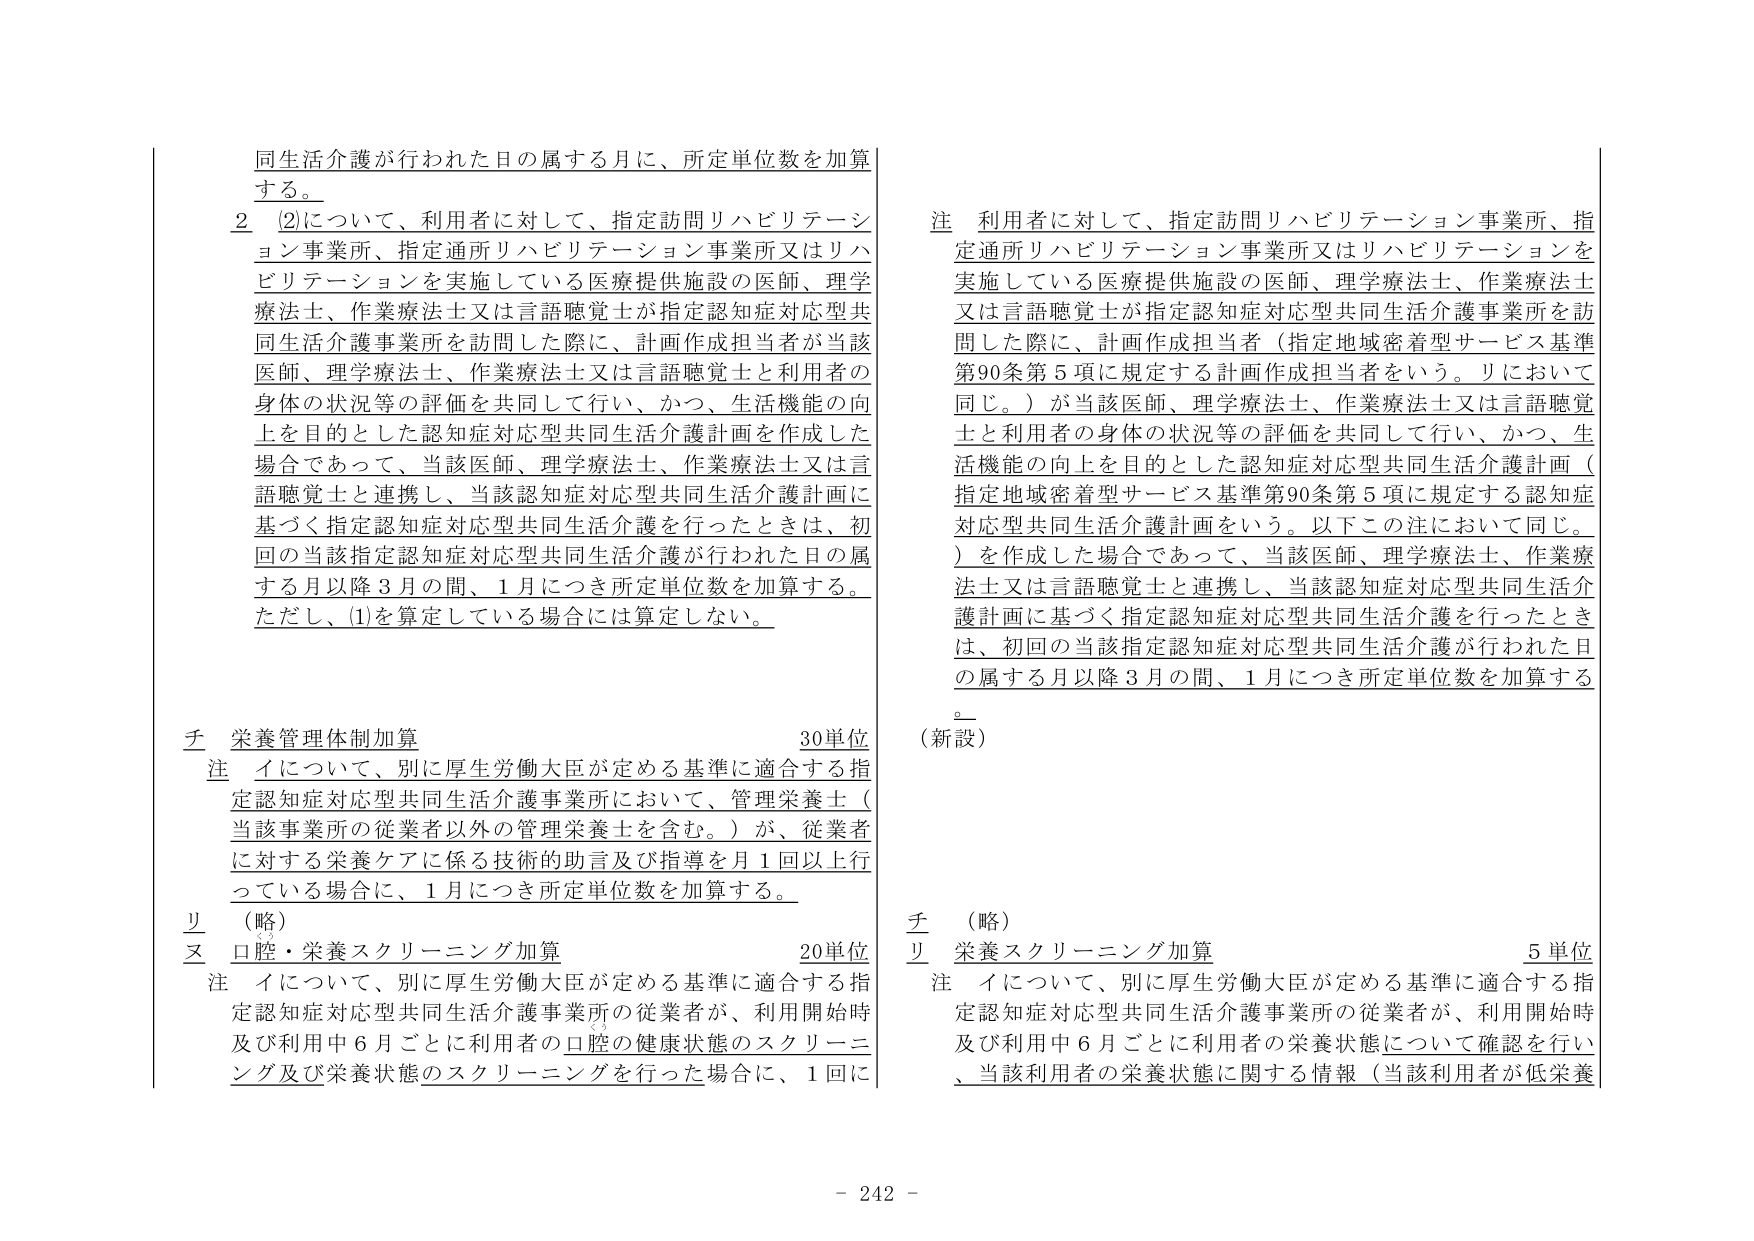
同生活介護が行われた日の属する月に、所定単位数を加算する。

２　(2)について、利用者に対して、指定訪問リハビリテーション事業所、指定通所リハビリテーション事業所又はリハビリテーションを実施している医療提供施設の医師、理学療法士、作業療法士又は言語聴覚士が指定認知症対応型共同生活介護事業所を訪問した際に、計画作成担当者が当該医師、理学療法士、作業療法士又は言語聴覚士と利用者の身体の状況等の評価を共同して行い、かつ、生活機能の向上を目的とした認知症対応型共同生活介護計画を作成した場合であって、当該医師、理学療法士、作業療法士又は言語聴覚士と連携し、当該認知症対応型共同生活介護計画に基づく指定認知症対応型共同生活介護を行ったときは、初回の当該指定認知症対応型共同生活介護が行われた日の属する月以降３月の間、１月につき所定単位数を加算する。ただし、(1)を算定している場合には算定しない。

注　利用者に対して、指定訪問リハビリテーション事業所、指定通所リハビリテーション事業所又はリハビリテーションを実施している医療提供施設の医師、理学療法士、作業療法士又は言語聴覚士が指定認知症対応型共同生活介護事業所を訪問した際に、計画作成担当者（指定地域密着型サービス基準第90条第５項に規定する計画作成担当者をいう。リにおいて同じ。）が当該医師、理学療法士、作業療法士又は言語聴覚士と利用者の身体の状況等の評価を共同して行い、かつ、生活機能の向上を目的とした認知症対応型共同生活介護計画（指定地域密着型サービス基準第90条第５項に規定する認知症対応型共同生活介護計画をいう。以下この注において同じ。）を作成した場合であって、当該医師、理学療法士、作業療法士又は言語聴覚士と連携し、当該認知症対応型共同生活介護計画に基づく指定認知症対応型共同生活介護を行ったときは、初回の当該指定認知症対応型共同生活介護が行われた日の属する月以降３月の間、１月につき所定単位数を加算する。

（新設）

チ　栄養管理体制加算　　　　　　　　　　　　　　　　　　30単位
　注　イについて、別に厚生労働大臣が定める基準に適合する指定認知症対応型共同生活介護事業所において、管理栄養士（当該事業所の従業者以外の管理栄養士を含む。）が、従業者に対する栄養ケアに係る技術的助言及び指導を月１回以上行っている場合に、１月につき所定単位数を加算する。

リ　（略）
ヌ　口腔・栄養スクリーニング加算　　　　　　　　　　　　20単位
　注　イについて、別に厚生労働大臣が定める基準に適合する指定認知症対応型共同生活介護事業所の従業者が、利用開始時及び利用中６月ごとに利用者の口腔の健康状態のスクリーニング及び栄養状態のスクリーニングを行った場合に、１回に

チ　（略）
リ　栄養スクリーニング加算　　　　　　　　　　　　　　　　5単位
　注　イについて、別に厚生労働大臣が定める基準に適合する指定認知症対応型共同生活介護事業所の従業者が、利用開始時及び利用中６月ごとに利用者の栄養状態について確認を行い、当該利用者の栄養状態に関する情報（当該利用者が低栄養

- 242 -